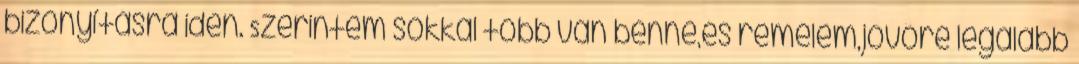
bizonyításra idén. Szerintem sokkal több van benne,és remélem,jövőre legalább